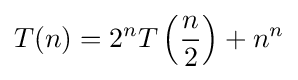
T(n)=2^{n}T\left({\frac {n}{2}}\right)+n^{n}